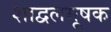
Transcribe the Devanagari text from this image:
शाद्वलमूषक